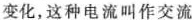
变化，这种电流叫作交流